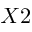
X 2